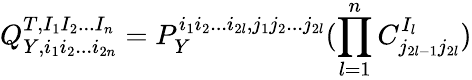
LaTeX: Q_{Y,i_{1}i_{2}...i_{2n}}^{T,I_{1}I_{2}...I_{n}}=P_{Y}^{i_{1}i_{2}...i_{2l},j_{1}j_{2}...j_{2l}}(\prod_{l=1}^{n}C_{j_{2l-1}j_{2l}}^{I_{l}})